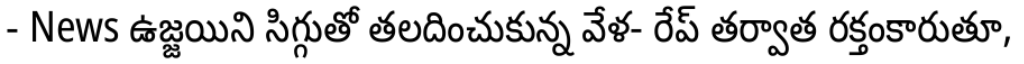
- News ఉజ్జయిని సిగ్గుతో తలదించుకున్న వేళ- రేప్ తర్వాత రక్తంకారుతూ,